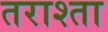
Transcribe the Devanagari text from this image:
तराश्ता